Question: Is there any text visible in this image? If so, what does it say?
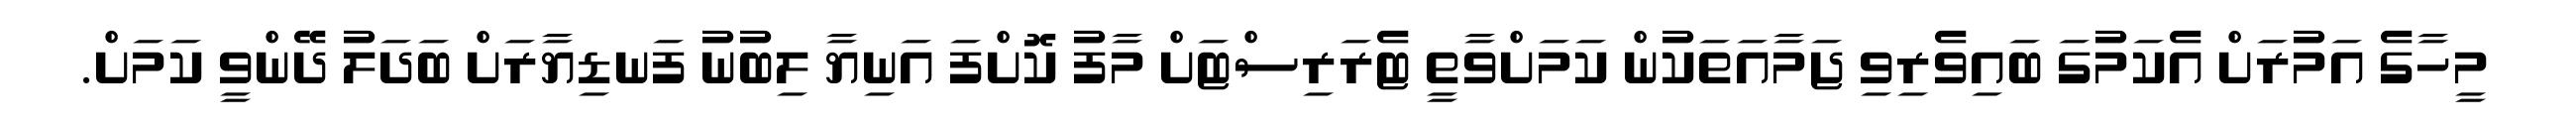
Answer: މީހާގެ އަމުރަށް އެކަމުގަ ބައިވެރިވި ޖަމާއަތަކުން ކަމަށްވާތީ ޓެރަރިސްޓަށް މާފު ކޮށްފަ އަނިޔާ ލިބުނު ފަނޑިޔާރަށް ބަދަލު ދޭންވީ ކަމަށް.